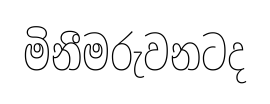
මිනීමරුවනටද